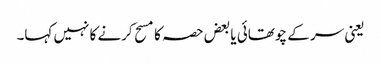
یعنی سر کے چوتھائی یا بعض حصہ کا مسح کرنے کا نہیں کہا۔